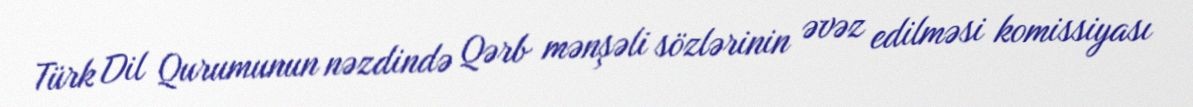
Türk Dil Qurumunun nəzdində Qərb mənşəli sözlərinin əvəz edilməsi komissiyası